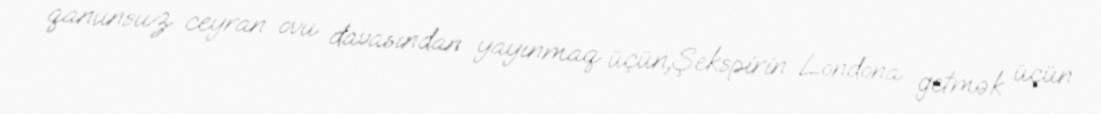
qanunsuz ceyran ovu davasından yayınmaq üçün,Şekspirin Londona getmək üçün